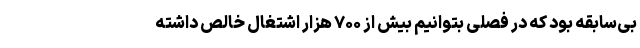
بی‌سابقه بود که در فصلی بتوانیم بیش از ۷۰۰ هزار اشتغال خالص داشته